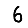
Digit: 6